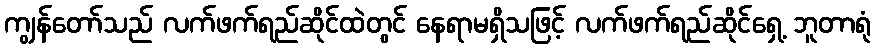
ကျွန်တော်သည် လက်ဖက်ရည်ဆိုင်ထဲတွင် နေရာမရှိသဖြင့် လက်ဖက်ရည်ဆိုင်ရှေ့ ဘူတာရုံ